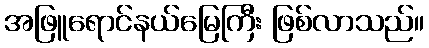
အဖြူရောင်နယ်မြေကြီး ဖြစ်လာသည်။